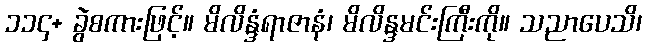
၁၁၄+ ခွဲစကားဖြင့်။ မိလိန္ဒံရာဇာနံ၊ မိလိန္ဒမင်းကြီးကို။ သညာပေသိ၊